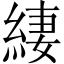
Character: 緀